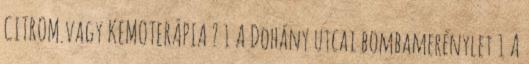
CITROM.vagy KEMOTERÁPIA ? 1 A Dohány utcai bombamerénylet 1 A